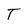
Character: T